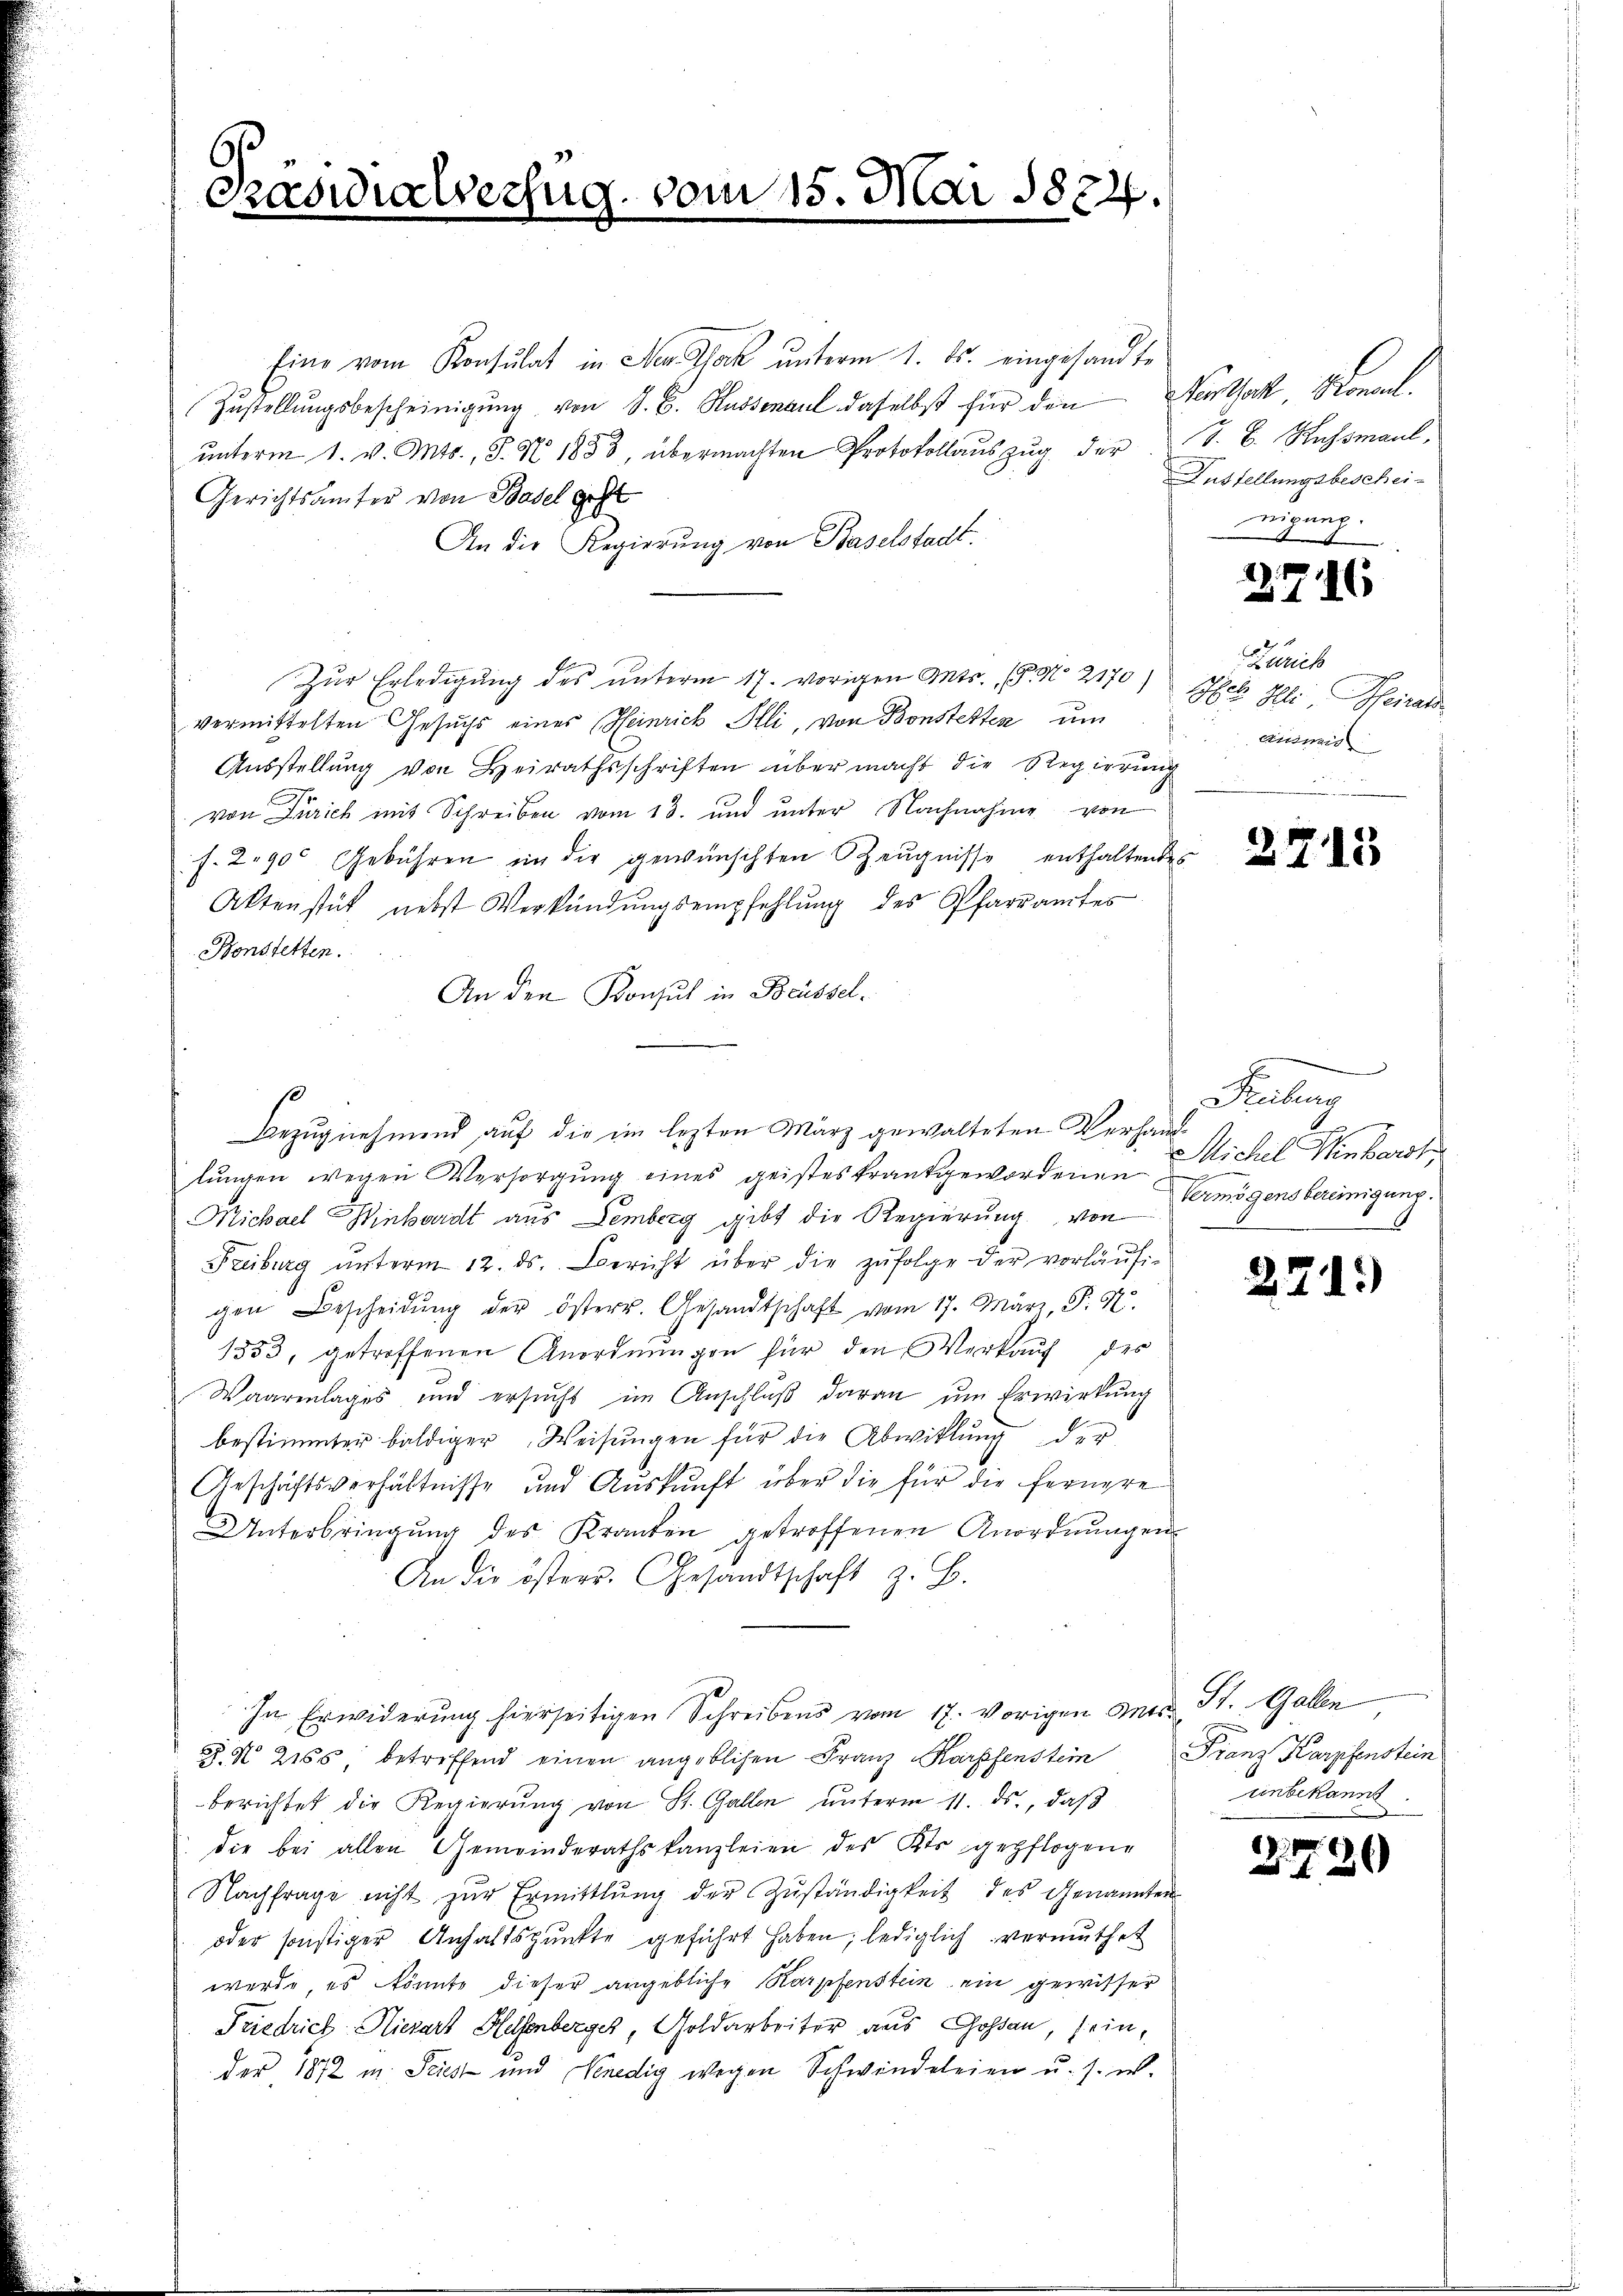
Präsidialversu

om 15. Mai 1884.

Eine vom Konsulat in Neg Kak unterm 1. ds. eingesandte
Zustellungsbescheinigung von S. C. Kussenaul daselbst für den
ŭnterm 1. v. Mts., S. Nr. 1883, übermachten Protokollaŭszŭg der S. B. Rechsmant
Gerichtsamter von Basel geht
An die Regierung von Baselstadt.
Zur Erledigung des unterm 17. vorigen Ants. ( No 2170) Iheb Ille: Pfeirats
vermittelten Gesuchs eines Heinrich Illi, von Bonstetten um
Ausstellung von Heirathsschriften über macht die Regierung
von Zürich mit Schreiben vom 13. und unter Nachnahme von
f. 290 Gebühren in die gewünschten Zeugnisse enthaltendes
Aktenstük nebst Verkündŭngsempfehlŭng des Pfarramtes
Konstetten.
An den Konsul in Bessel.
lungen wegen Versorgung eines geisteskrantgewordenen
Michael Hinhardt aus Lemberg gibt die Regierung von Ermögensbereinigung.
Freiburg ŭnterm 12. ds. Bericht über die zŭfolge der vorläŭfi-
gen Bescheidŭng der österr. Gesandtschaft vom 17. März, P. N.
1353, getroffenen Anordnungen für den Verkauf des
Waarenlages und ersŭcht im Anschlŭβ daran ŭm Erwirkung
bestimmter baldiger Weisungen für die Abwitlung der
Geschäftsverhältnisse und Auskunft über die für die fernere
Unterbringŭng des Kranken getroffenen Anordnŭngen
An die österr. Gesandtschaft z. B.
In Erwiderung hierseitigen Schreibens vom 17. vorigen Ant. St. Gallen
§. N. 2165 betreffend einen angeblichen Franz Karpfenstein
berichtet die Regierŭng von St. Gallen ŭnterm 11. ds., daß
die bei allen Gemeinderathskanzleien des Kts. gepflogene
Nachfrage nicht zur Ermittlung der Zuständigkeit des Genannten
oder sonstiger Anhaltspunkte geführt haben, lediglich vermuthet
werde, es könnte dieser angebliche Karpfenstein ein gewisser
Friedrich Hierart Helsenberger, Goldarbeiter aus Goßau, sein,
der, 1872 u. Seiest und Venedig wegen Schwindeleien u. s. w.

Bezug nehmend auf die im lezten März gewalteten Verhand¬

Portort Koncl.
Austellungsbeschei-
nigung.

2)
e

2

2
16

Zürich
animis

2715

.
Kalung
Michel Winkerst

271)

Franz Karpfenstein
unbekannt

2720